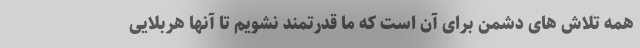
همه تلاش های دشمن برای آن است که ما قدرتمند نشویم تا آنها هربلایی